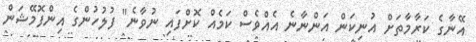
އޭނާގެ ކަރާމާތަށް އުނިކަން އަންނާނެ އެއްވެސް ކަމެއް ކޮށްފައި ނުވާނެ" ފުލުހުންގެ އިންފޮމޭޝަން